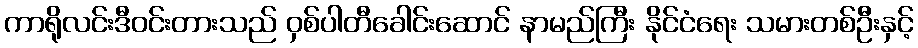
ကာရိုလင်းဒီဝင်းတားသည် ဝှစ်ပါတီခေါင်းဆောင် နာမည်ကြီး နိုင်ငံရေး သမားတစ်ဦးနှင့်